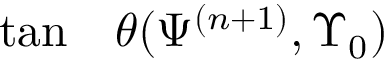
\begin{array} { r l } { \tan } & { { } \theta ( \Psi ^ { ( n + 1 ) } , \Upsilon _ { 0 } ) } \end{array}